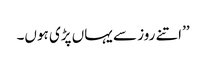
’’اتنے روز سے یہاں پڑی ہوں۔